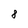
Character: 8